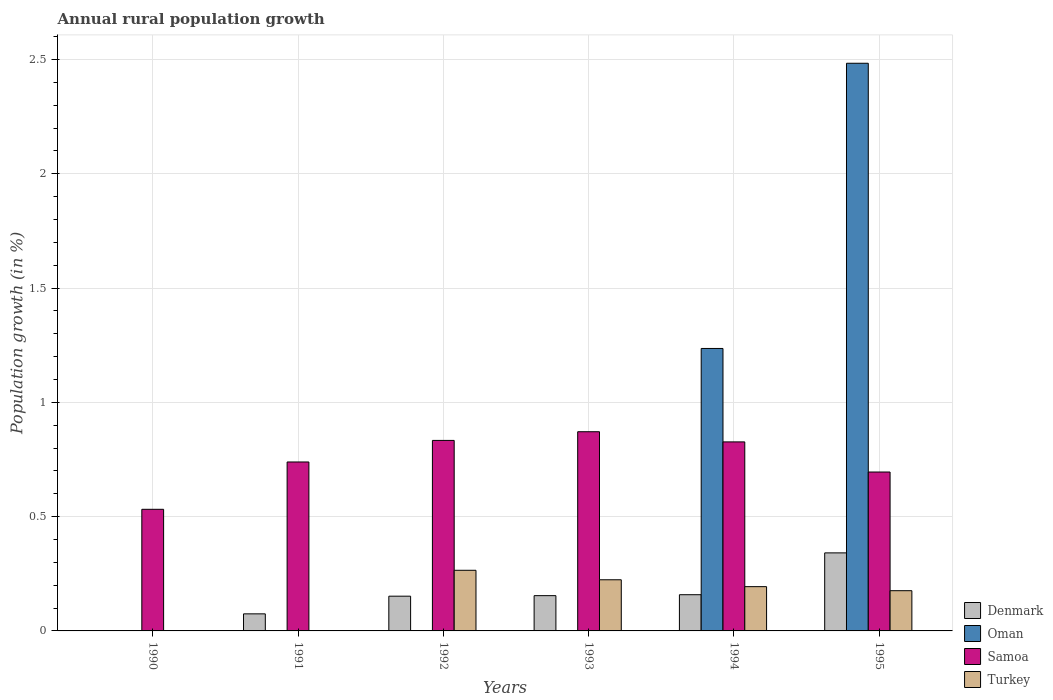
| Years | Denmark | Oman | Samoa | Turkey |
 | --- | --- | --- | --- | --- |
 | 1990 | -0.272 | -1.04 | 0.532 | -1.41 |
 | 1991 | 0.0747 | -0.797 | 0.739 | -0.233 |
 | 1992 | 0.152 | -0.739 | 0.833 | 0.265 |
 | 1993 | 0.154 | -1.1 | 0.871 | 0.224 |
 | 1994 | 0.158 | 1.24 | 0.827 | 0.194 |
 | 1995 | 0.341 | 2.48 | 0.695 | 0.176 |